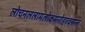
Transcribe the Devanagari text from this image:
लोचनललामलोकमनोहरवसन्त